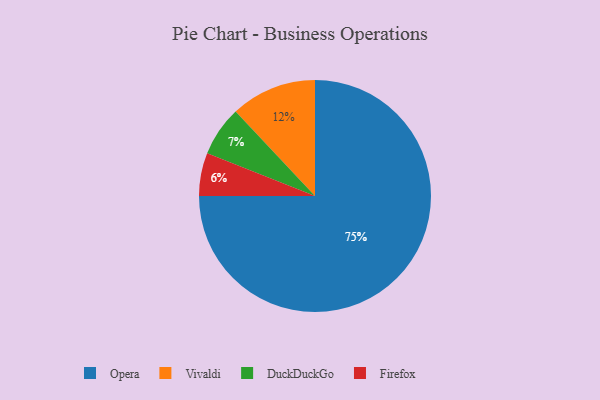
{"axis": {"x": "Category", "y": "Percentage"}, "legend": ["DuckDuckGo", "Firefox", "Opera", "Vivaldi"], "data": [{"x": "Firefox", "y": 6, "type": "Firefox"}, {"x": "Opera", "y": 75, "type": "Opera"}, {"x": "DuckDuckGo", "y": 7, "type": "DuckDuckGo"}, {"x": "Vivaldi", "y": 12, "type": "Vivaldi"}]}